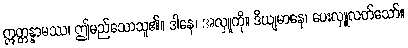
ဣတ္တန္နာမဿ၊ ဤမည်သောသူ၏။ ဒါနေ၊ အလှူကို။ ဒိယျမာနေ၊ ပေးလှူလတ်သော်။